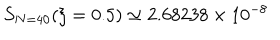
S _ { N = 4 0 } ( \xi = 0 . 5 ) \simeq 2 . 6 8 2 3 8 \times 1 0 ^ { - 8 }